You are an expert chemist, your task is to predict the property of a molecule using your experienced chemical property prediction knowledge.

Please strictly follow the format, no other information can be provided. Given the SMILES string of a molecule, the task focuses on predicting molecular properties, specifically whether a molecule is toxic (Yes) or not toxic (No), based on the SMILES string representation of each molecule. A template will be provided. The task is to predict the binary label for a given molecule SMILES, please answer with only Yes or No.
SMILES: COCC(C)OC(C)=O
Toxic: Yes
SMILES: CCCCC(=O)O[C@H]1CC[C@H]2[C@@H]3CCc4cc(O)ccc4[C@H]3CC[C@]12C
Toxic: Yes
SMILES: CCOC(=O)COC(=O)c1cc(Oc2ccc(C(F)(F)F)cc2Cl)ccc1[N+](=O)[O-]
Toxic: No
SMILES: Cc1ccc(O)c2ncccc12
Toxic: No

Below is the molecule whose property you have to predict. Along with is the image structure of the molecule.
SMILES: Cc1nnc2n1-c1ccc(Cl)cc1C(c1ccccc1)=NC2
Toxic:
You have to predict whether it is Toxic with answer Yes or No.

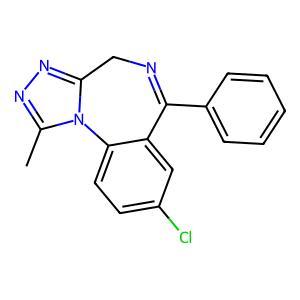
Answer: No